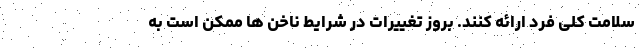
سلامت کلی فرد ارائه کنند. بروز تغییرات در شرایط ناخن ها ممکن است به